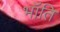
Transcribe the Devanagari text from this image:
भॉंति